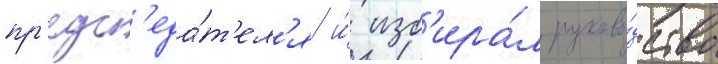
пр'едс'еда́т'ел'я и́ изб'ира́л руково́дство